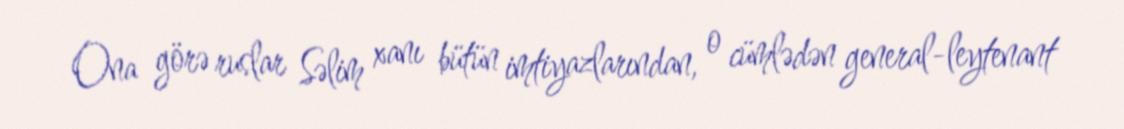
Ona görə ruslar Səlim xanı bütün imtiyazlarından, o cümlədən general-leytenant